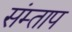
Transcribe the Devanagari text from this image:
संम्ताप